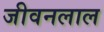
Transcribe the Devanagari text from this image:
जीवनलाल